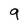
Character: 9